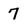
Character: 7